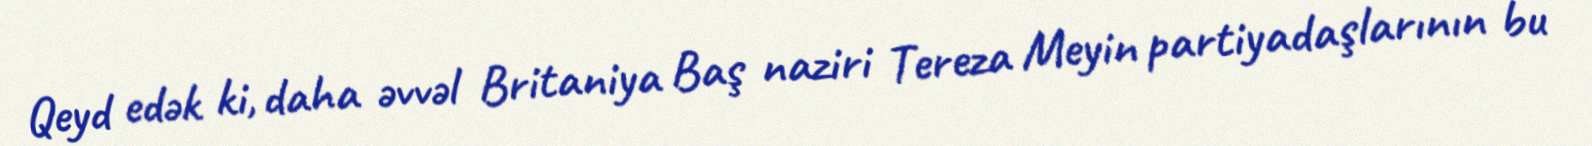
Qeyd edək ki, daha əvvəl Britaniya Baş naziri Tereza Meyin partiyadaşlarının bu